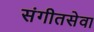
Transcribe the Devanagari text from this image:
संगीतसेवा